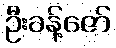
ဦးခန့်ဇော်